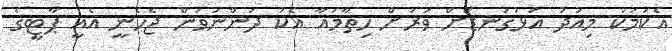
އެކަމަކު މިއަދު އަޅުގަނޑަށް ވަރަށް ހިތާމައާ އެކު ދަންނަވަން ޖެހެނީ އެއީ ޕާޓީގެ